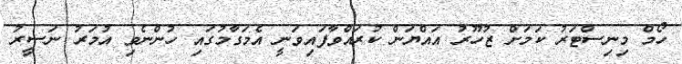
ހޯމް މިނިސްޓަރު ކަމަށް ޒުހޫރު އައްޔަން ކުރައްވާފައިވަނީ އެމަގާމުގައި ހުންނެވި އުމަރު ނަސީރު